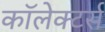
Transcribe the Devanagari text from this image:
कॉलेक्टर्स